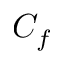
C _ { f }